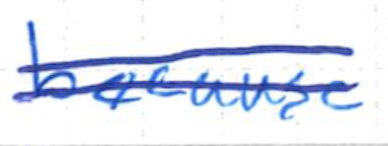
Text: because
Cross-out: mix
Writing tool: ballpoint